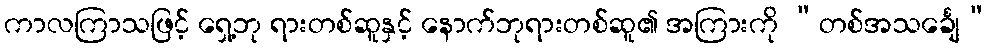
ကာလကြာသဖြင့် ရှေ့ဘု ရားတစ်ဆူနှင့် နောက်ဘုရားတစ်ဆူ၏ အကြားကို “တစ်အသင်္ချေ”